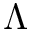
\Lambda